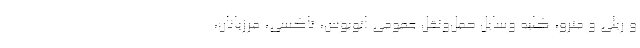
و ریلی و مترو، کلیه وسایل حمل‌ونقل عمومی اتوبوس، تاکسی، مرزبانان،